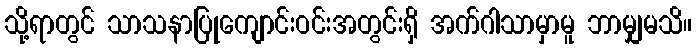
သို့ရာတွင် သာသနာပြုကျောင်းဝင်းအတွင်းရှိ အက်ဂါသာမှာမူ ဘာမျှမသိ။